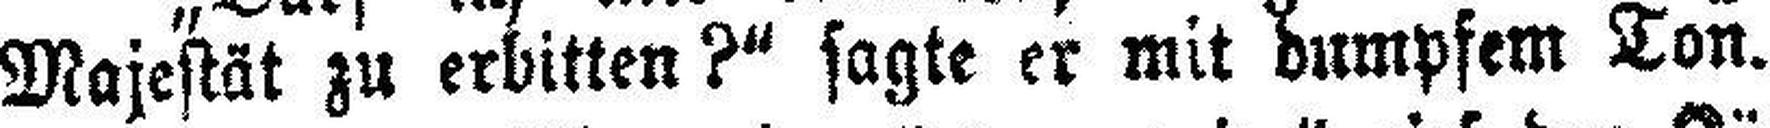
Majestät zu erbitten?“ sagte er mit dumpfem Ton.